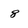
Character: 8